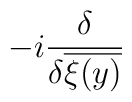
-i\frac{\delta }{\delta \overline{\xi (y)}}